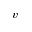
v